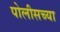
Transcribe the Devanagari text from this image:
पोलीसच्या